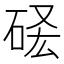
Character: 𥒣